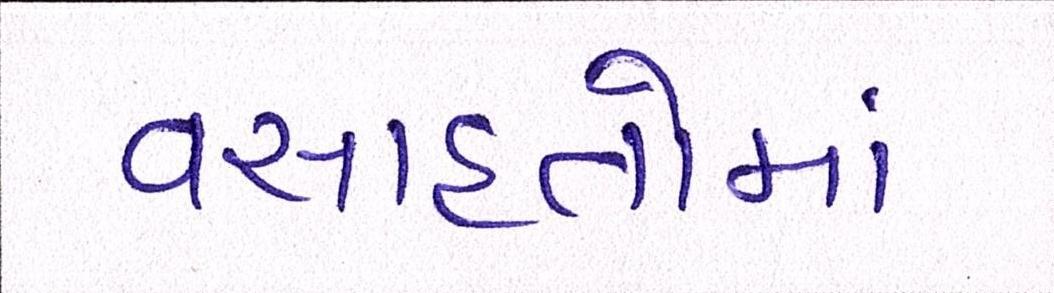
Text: વસાહતોમાં